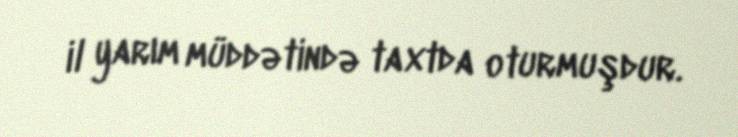
il yarım müddətində taxtda oturmuşdur.